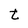
Character: t